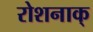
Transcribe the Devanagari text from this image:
रोशनाक्‌